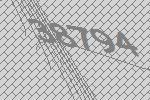
38794